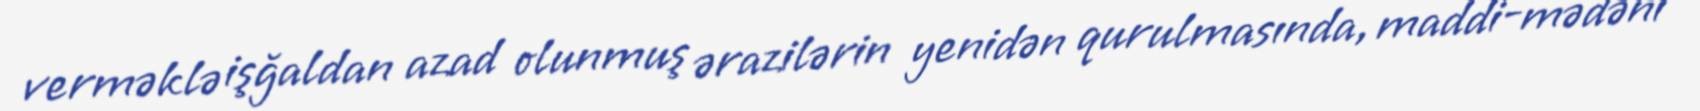
verməklə işğaldan azad olunmuş ərazilərin yenidən qurulmasında, maddi-mədəni